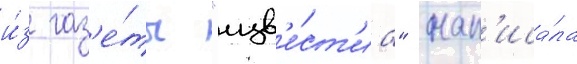
и́з газ'е́ты "изв'е́ст'иа" нап'иса́ла